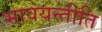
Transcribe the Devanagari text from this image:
भावयन्तीति